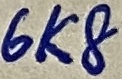
Text: 6K8